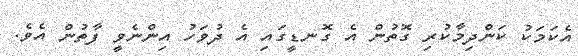
އެކަމަކު ކަންދިމާކުރި ގޮތުން އެ ގޮނޑީގައި އެ ދުވަހު އިންނެވީ ފާތުން އެެވެ.